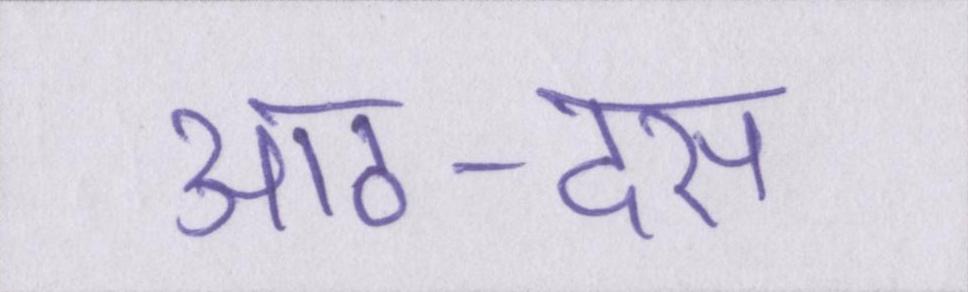
आठ-दस